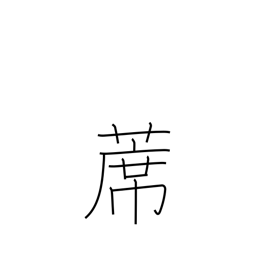
Meaning: straw mat